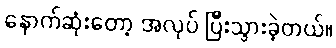
နောက်ဆုံးတော့ အလုပ် ပြီးသွားခဲ့တယ်။